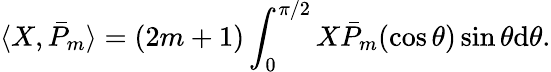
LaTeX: \langle X,\bar{P}_{m}\rangle=(2m+1)\int_{0}^{\pi/2}X\bar{P}_{m}(\cos\theta)\sin\theta\mathrm{d}\theta.